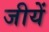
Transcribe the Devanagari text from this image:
जीयें